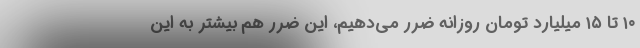
۱۰ تا ۱۵ میلیارد تومان روزانه ضرر می‌دهیم، این ضرر هم بیشتر به این